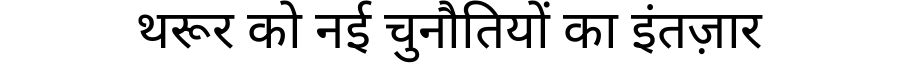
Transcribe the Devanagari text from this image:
थरूर को नई चुनौतियों का इंतज़ार